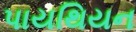
પાયથિયન